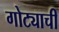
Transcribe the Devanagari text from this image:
गोट्याची